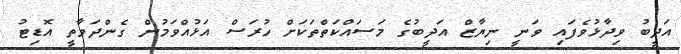
އަދީބު ވިދާޅުވެފައި ވަނީ ނިޔާޒް އަދީބުގެ މަސައްކަތްތަކަށް ހުރަސް އަޅުއްވަމުން ގެންދަވާތީ އޮޑިޓު